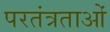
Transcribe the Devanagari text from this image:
परतंत्रताओं